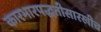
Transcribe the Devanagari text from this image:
कारभारपद्धतीसारखीच